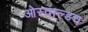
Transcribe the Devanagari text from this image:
ओस्वाल्डच